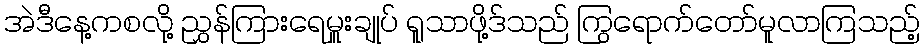
အဲဒီနေ့ကစလို့ ညွှန်ကြားရေမှူးချုပ် ရူသာဖို့ဒ်သည် ကြွရောက်တော်မူလာကြသည့်